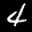
Label: 4